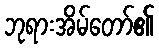
ဘုရားအိမ်တော်၏